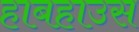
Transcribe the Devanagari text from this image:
हाबहाउस